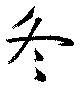
冬